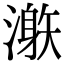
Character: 𣽜